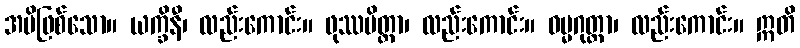
အမိဖြစ်သော။ ယက္ခိနီ၊ လည်းကောင်း။ ဖုဿမိတ္တာ၊ လည်းကောင်း။ ဓမ္မဂုတ္တာ၊ လည်းကောင်း။ ဣတိ